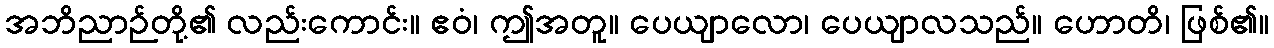
အဘိညာဉ်တို့၏ လည်းကောင်း။ ဧဝံ၊ ဤအတူ။ ပေယျာလော၊ ပေယျာလသည်။ ဟောတိ၊ ဖြစ်၏။